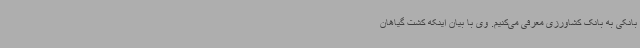
بانکی به بانک کشاورزی معرفی می‌کنیم. وی با بیان اینکه کشت گیاهان